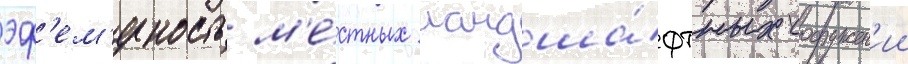
эф'ем'ерность м'е́стных ландша́фтных сооружен'ии